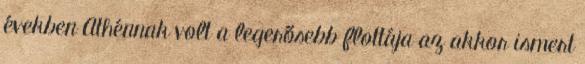
években Athénnak volt a legerősebb flottája az akkor ismert